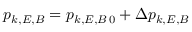
p _ { k , E , B } = p _ { k , E , B \, 0 } + \Delta p _ { k , E , B }